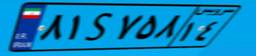
۸۱S۷۵۸۱۴